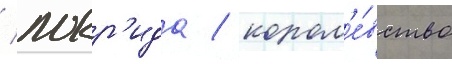
/ локр'ида / корол'е́вство